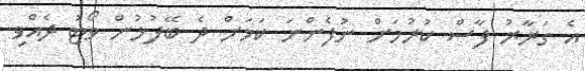
އެ ގަރާރު ފާސް ކުރުމަށް ނުފެންނަ ކަމަށް ދެ ބޭފުޅުން ވޯޓު ދެއްވި